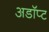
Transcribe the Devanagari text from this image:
अडॉप्ट